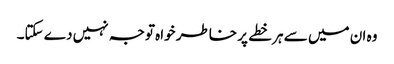
وہ ان میں سے ہر خطے پر خاطر خواہ توجہ نہیں دے سکتا۔